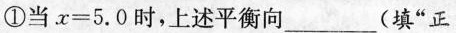
①当$$x = 5 . 0$$时，上述平衡向___(填“正